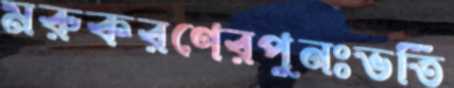
মরুকরণেরপুনঃভর্তি